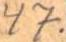
47.